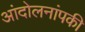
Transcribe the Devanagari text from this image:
आंदोलनांपकी